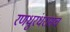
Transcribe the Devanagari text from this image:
रणधुरंधरासच